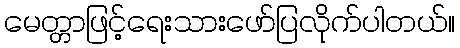
မေတ္တာဖြင့်ရေးသားဖော်ပြလိုက်ပါတယ်။